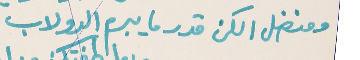
ومنضل الكن قدر ما يبرم الدولاب